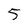
Character: 5